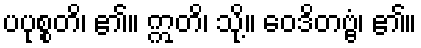
ပပုစ္စတိ၊ ၏။ ဣတိ၊ သို့။ ဝေဒိတဗ္ဗံ၊ ၏။